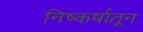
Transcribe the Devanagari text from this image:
निष्कर्षातून